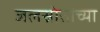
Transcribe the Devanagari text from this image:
जलस्रोतांच्या